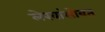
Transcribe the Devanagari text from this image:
लेखांसोबत